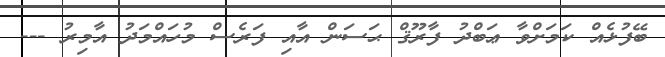
ބޭފުޅެއް ކަމަށްވާ ޢަބްދު ފާރޫޤް ޙަސަން އާއި ފަރެސް މުހައްމަދު އާމިރު ---